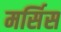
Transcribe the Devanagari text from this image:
मर्सिस